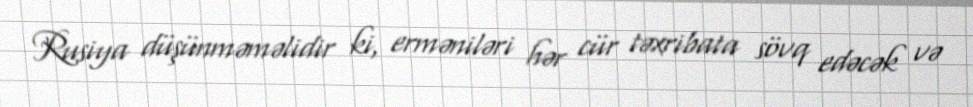
Rusiya düşünməməlidir ki, erməniləri hər cür təxribata sövq edəcək və